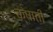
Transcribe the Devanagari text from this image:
क्षाती